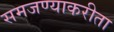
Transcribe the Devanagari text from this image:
समजण्याकरीता